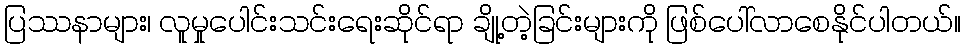
ပြဿနာများ၊ လူမှုပေါင်းသင်းရေးဆိုင်ရာ ချို့တဲ့ခြင်းများကို ဖြစ်ပေါ်လာစေနိုင်ပါတယ်။